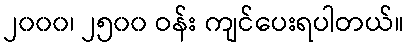
၂၀၀၀၊ ၂၅၀၀ ဝန်း ကျင်ပေးရပါတယ်။